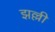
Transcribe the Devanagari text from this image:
झल्ली